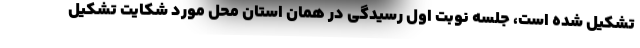
تشکیل شده است، جلسه نوبت اول رسیدگی در همان استان محل مورد شکایت تشکیل